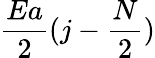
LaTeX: \frac{Ea}{2}(j-\frac{N}{2})